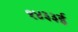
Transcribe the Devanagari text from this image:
१४३३ई